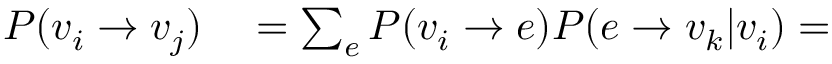
\begin{array} { r l } { P ( v _ { i } \rightarrow v _ { j } ) } & { { } = \sum _ { e } P ( v _ { i } \rightarrow e ) P ( e \rightarrow v _ { k } | v _ { i } ) = } \end{array}